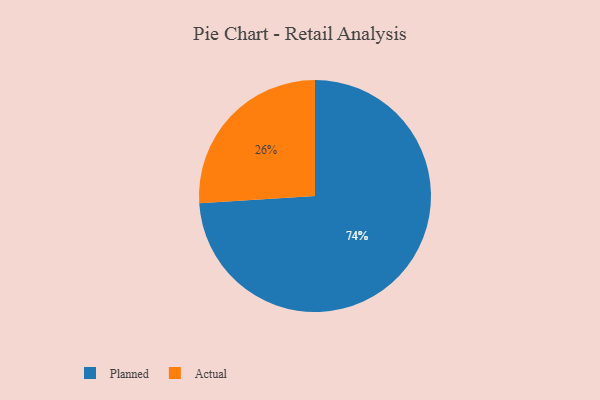
{"axis": {"x": "Category", "y": "Percentage"}, "legend": ["Actual", "Planned"], "data": [{"x": "Planned", "y": 74, "type": "Planned"}, {"x": "Actual", "y": 26, "type": "Actual"}]}